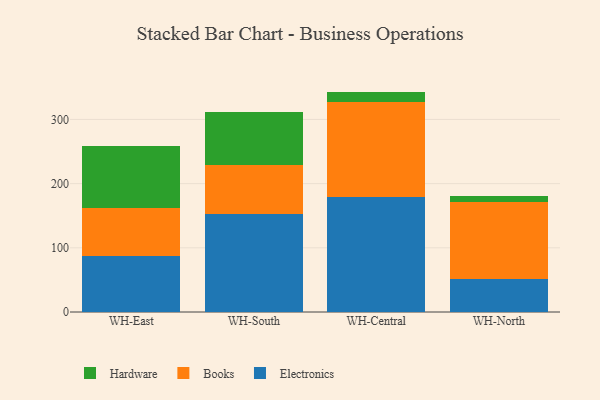
{"axis": {"x": "Warehouse", "y": "Shipments"}, "legend": ["Books", "Electronics", "Hardware"], "data": [{"x": "WH-East", "y": 87.3, "type": "Electronics"}, {"x": "WH-East", "y": 74.0, "type": "Books"}, {"x": "WH-East", "y": 97.2, "type": "Hardware"}, {"x": "WH-South", "y": 152.4, "type": "Electronics"}, {"x": "WH-South", "y": 75.9, "type": "Books"}, {"x": "WH-South", "y": 83.9, "type": "Hardware"}, {"x": "WH-Central", "y": 179.7, "type": "Electronics"}, {"x": "WH-Central", "y": 147.3, "type": "Books"}, {"x": "WH-Central", "y": 16.4, "type": "Hardware"}, {"x": "WH-North", "y": 50.7, "type": "Electronics"}, {"x": "WH-North", "y": 121.4, "type": "Books"}, {"x": "WH-North", "y": 8.8, "type": "Hardware"}]}